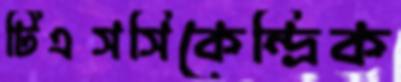
টিএসসিকেন্দ্রিক